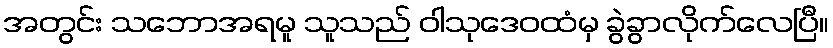
အတွင်း သဘောအရမူ သူသည် ဝါသုဒေဝထံမှ ခွဲခွာလိုက်လေပြီ။